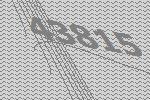
43815